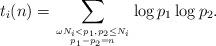
LaTeX: \begin{align*}t_{i}(n)=\sum\limits_{\omega N_{i}<p_{1},p_{2}\leq N_{i}\atop p_{1}-p_{2}=n}\log p_{1}\log p_{2}.\end{align*}